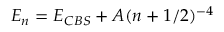
E _ { n } = E _ { C B S } + A ( n + 1 / 2 ) ^ { - 4 }